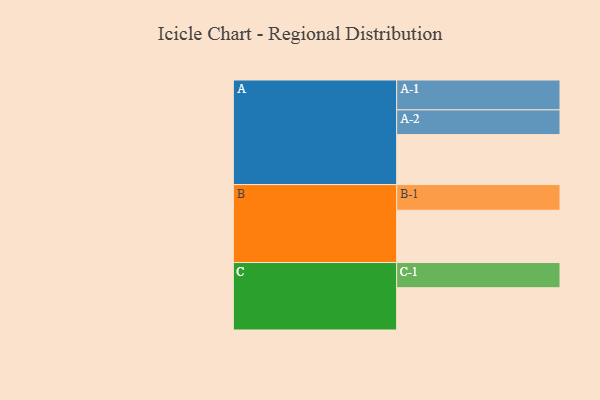
{"axis": {"x": "Segment", "y": "Value"}, "legend": ["", "A", "B", "C"], "data": [{"x": "A", "y": 428, "type": ""}, {"x": "B", "y": 448, "type": ""}, {"x": "C", "y": 362, "type": ""}, {"x": "A-1", "y": 256, "type": "A"}, {"x": "A-2", "y": 212, "type": "A"}, {"x": "B-1", "y": 220, "type": "B"}, {"x": "C-1", "y": 216, "type": "C"}]}